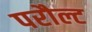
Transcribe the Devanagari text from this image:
परौल्ट